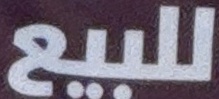
للبیع